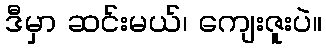
ဒီမှာ ဆင်းမယ်၊ ကျေးဇူးပဲ။